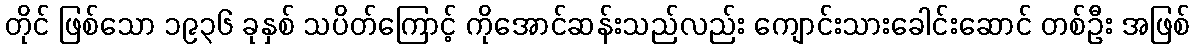
တိုင် ဖြစ်သော ၁၉၃၆ ခုနှစ် သပိတ်ကြောင့် ကိုအောင်ဆန်းသည်လည်း ကျောင်းသားခေါင်းဆောင် တစ်ဦး အဖြစ်